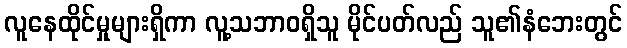
လူနေထိုင်မှုများရှိကာ လူ့သဘာဝရှိသူ မိုင်ပတ်လည် သူ၏နံဘေးတွင်